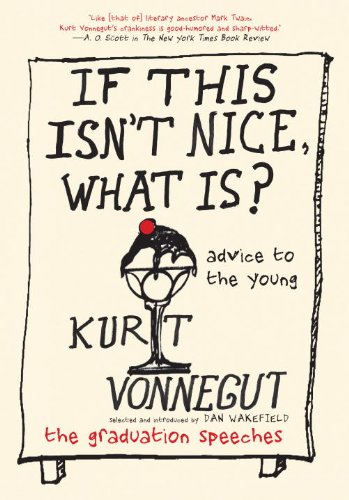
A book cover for If This Isn't Nice, What Is?: Advice to the Young-The Graduation Speeches; Kurt Vonnegut; Literature & Fiction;